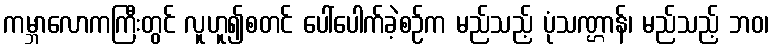
ကမ္ဘာလောကကြီးတွင် လူဟူ၍စတင် ပေါ်ပေါက်ခဲ့စဉ်က မည်သည့် ပုံသဏ္ဌာန်၊ မည်သည့် ဘဝ၊